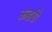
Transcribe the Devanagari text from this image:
ऊडरो